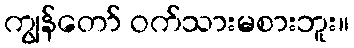
ကျွန်တော် ဝက်သားမစားဘူး။